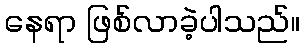
နေရာ ဖြစ်လာခဲ့ပါသည်။